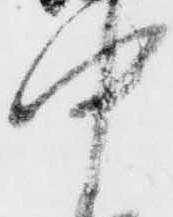
中